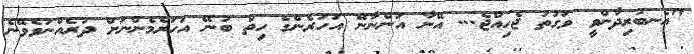
"އެނބުރިދާންވީ ވަގުތު ޖެހިއްޖެ... އޭނާ އަންނާނޭ އަހަރެންގެ ހިތް ބުނޭ އަހަރެމެންނަށް ދުރެއްނުވެވޭނެ